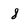
Character: 8